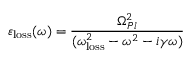
\varepsilon _ { \mathrm { l o s s } } ( \omega ) = \frac { \Omega _ { P l } ^ { 2 } } { ( \omega _ { \mathrm { l o s s } } ^ { 2 } - \omega ^ { 2 } - i \gamma \omega ) }